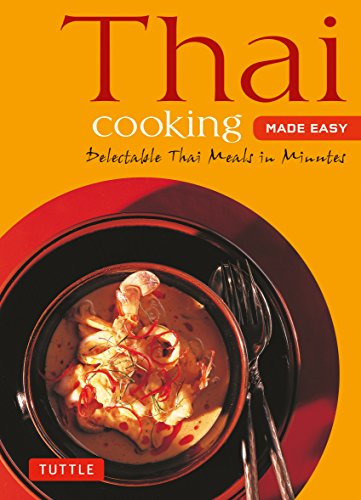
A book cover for Thai Cooking Made Easy: Delectable Thai Meals in Minutes - Revised 2nd Edition (Thai Cookbook) (Tuttle Mini Cookbook); Cookbooks, Food & Wine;